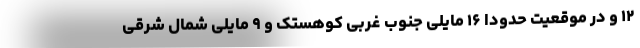
۱۲ و در موقعیت حدوداً ۱۶ مایلی جنوب غربی کوهستک و ۹ مایلی شمال شرقی